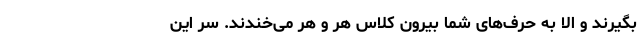
بگیرند و الا به حرف‌های شما بیرون کلاس هِر و هِر می‌خندند. سر این